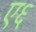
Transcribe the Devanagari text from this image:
ए६